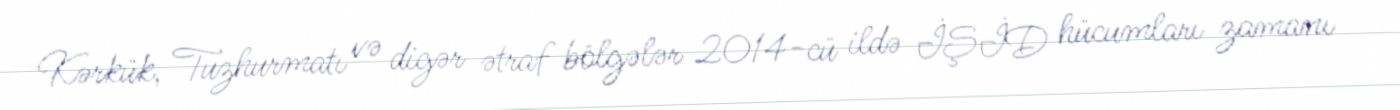
Kərkük, Tuzhurmatı və digər ətraf bölgələr 2014-cü ildə İŞİD hücumları zamanı